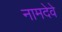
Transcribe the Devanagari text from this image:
नामदेवे